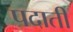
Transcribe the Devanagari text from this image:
पदाती